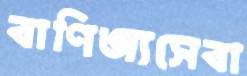
বাণিজ্যসেবা